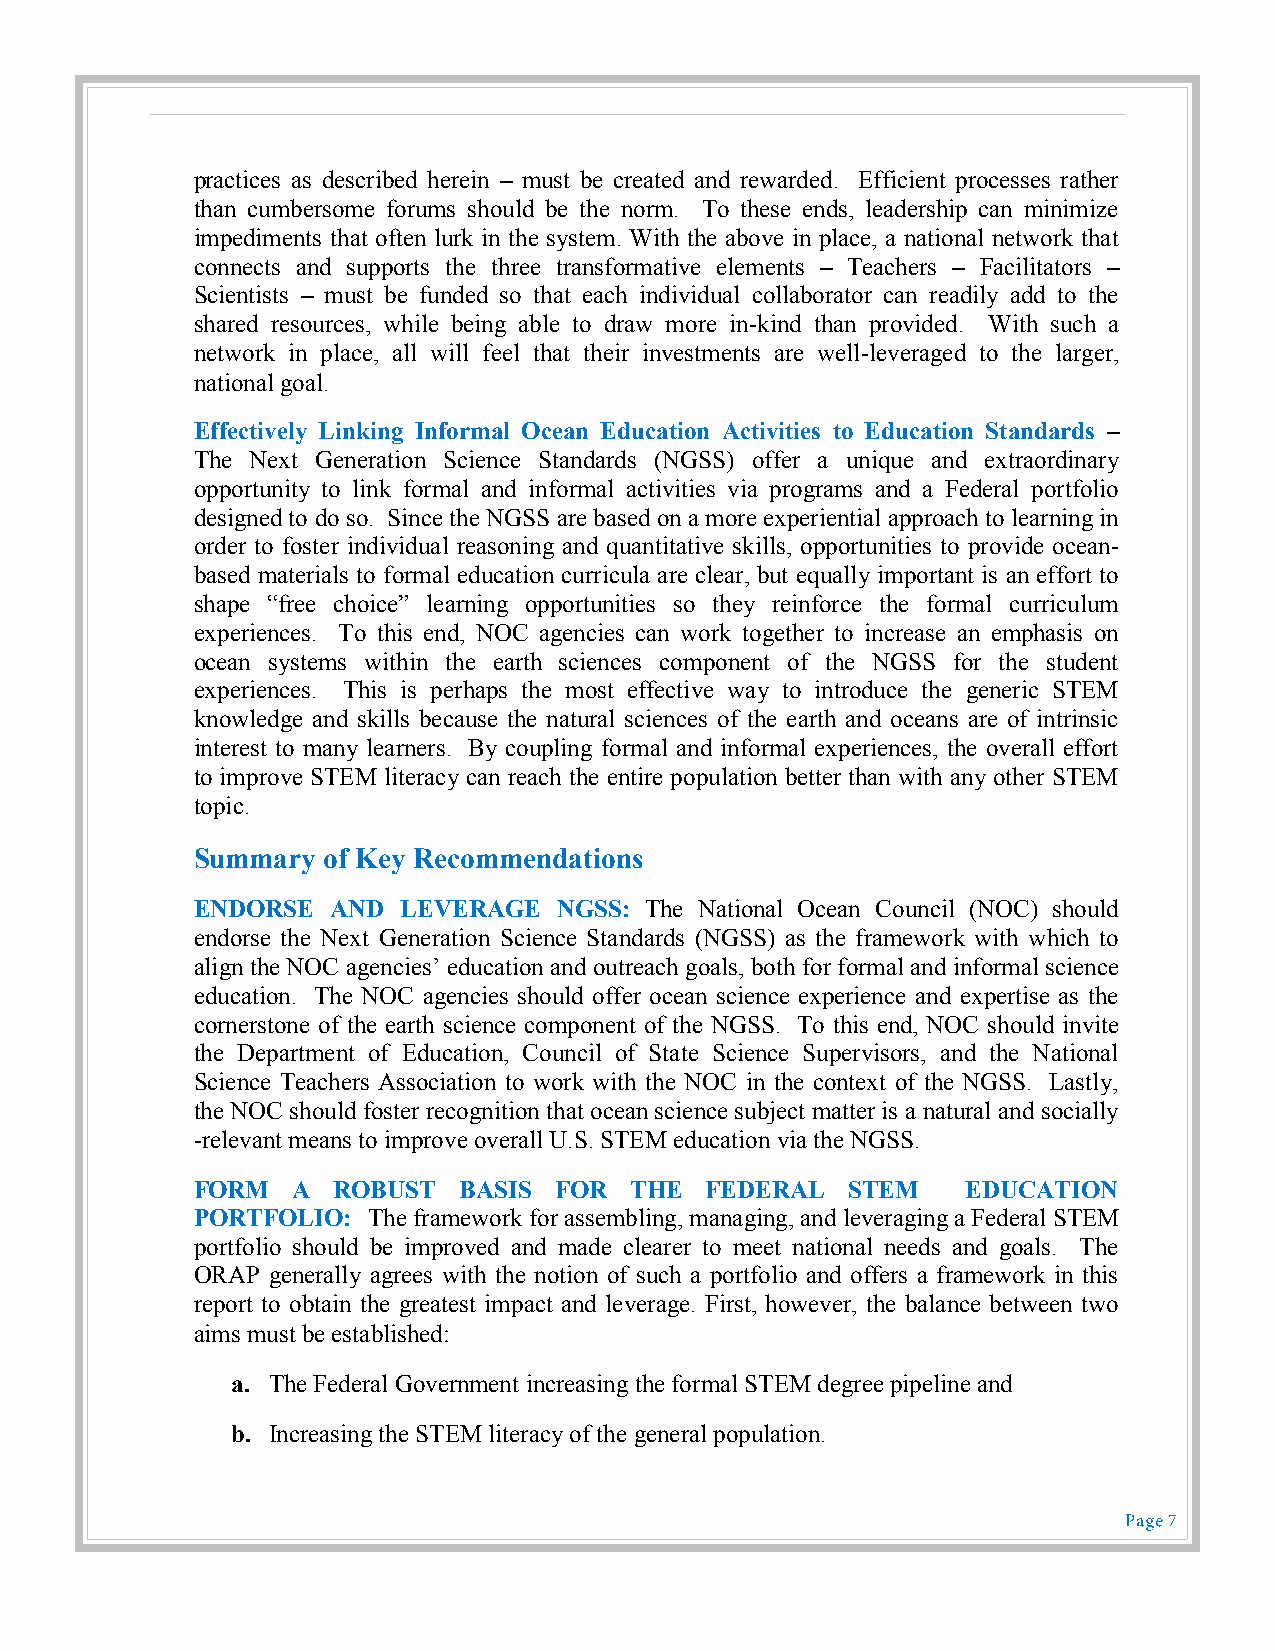
practices as described herein – must be created and rewarded. Efficient processes rather
 than cumbersome forums should be the norm. To these ends, leadership can minimize
 impediments that often lurk in the system. With the above in place, a national network that
 connects and supports the three transformative elements – Teachers – Facilitators –
 Scientists – must be funded so that each individual collaborator can readily add to the
 shared resources, while being able to draw more in-kind than provided. With such a
 network in place, all will feel that their investments are well-leveraged to the larger,
 national goal.
 Effectively Linking Informal Ocean Education Activities to Education Standards –
 The Next Generation Science Standards (NGSS) offer a unique and extraordinary
 opportunity to link formal and informal activities via programs and a Federal portfolio
 designed to do so. Since the NGSS are based on a more experiential approach to learning in
 order to foster individual reasoning and quantitative skills, opportunities to provide ocean-
 based materials to formal education curricula are clear, but equally important is an effort to
 shape “free choice” learning opportunities so they reinforce the formal curriculum
 experiences. To this end, NOC agencies can work together to increase an emphasis on
 ocean systems within the earth sciences component of the NGSS for the student
 experiences. This is perhaps the most effective way to introduce the generic STEM
 knowledge and skills because the natural sciences of the earth and oceans are of intrinsic
 interest to many learners. By coupling formal and informal experiences, the overall effort
 to improve STEM literacy can reach the entire population better than with any other STEM
 topic.
 Summary of Key Recommendations
 ENDORSE  AND  LEVERAGE  NGSS: The National Ocean Council (NOC) should
 endorse the Next Generation Science Standards (NGSS) as the framework with which to
 align the NOC agencies’ education and outreach goals, both for formal and informal science
 education. The NOC agencies should offer ocean science experience and expertise as the
 cornerstone of the earth science component of the NGSS. To this end, NOC should invite
 the Department of Education, Council of State Science Supervisors, and the National
 Science Teachers Association to work with the NOC in the context of the NGSS. Lastly,
 the NOC should foster recognition that ocean science subject matter is a natural and socially
 -relevant means to improve overall U.S. STEM education via the NGSS.
 FORM  A  ROBUST  BASIS  FOR  THE  FEDERAL  STEM    EDUCATION
 PORTFOLIO: The framework for assembling, managing, and leveraging a Federal STEM
 portfolio should be improved and made clearer to meet national needs and goals. The
 ORAP generally agrees with the notion of such a portfolio and offers a framework in this
 report to obtain the greatest impact and leverage. First, however, the balance between two
 aims must be established:
 a. The Federal Government increasing the formal STEM degree pipeline and
 b. Increasing the STEM literacy of the general population.